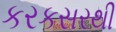
કરકસરથી